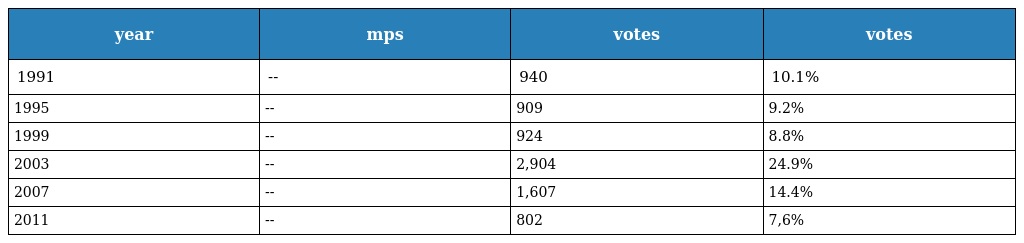
| year | mps | votes | votes |
 | --- | --- | --- | --- |
 | 1991 | -- | 940 | 10.1% |
 | 1995 | -- | 909 | 9.2% |
 | 1999 | -- | 924 | 8.8% |
 | 2003 | -- | 2,904 | 24.9% |
 | 2007 | -- | 1,607 | 14.4% |
 | 2011 | -- | 802 | 7,6% |